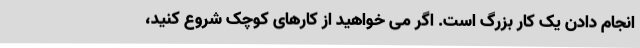
انجام دادن یک کار بزرگ است. اگر می خواهید از کارهای کوچک شروع کنید،